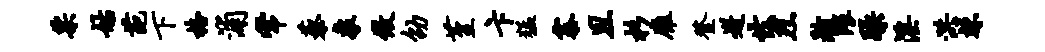
票姑葩下格浦常藜象做劭堇卞猛寨且杉雁登迸怯烈瀚隈躁淫洪竦